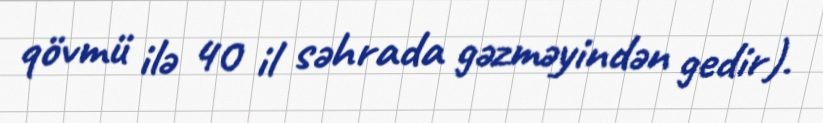
qövmü ilə 40 il səhrada gəzməyindən gedir).